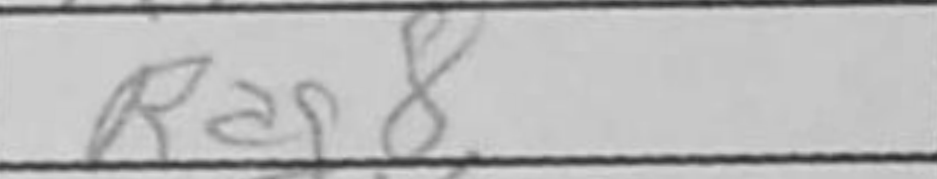
Transcription: Rag8